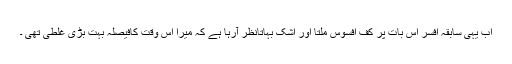
اب یہی سابقہ افسر اس بات پر کف افسوس ملتا اور اشک بہاتانظر آرہا ہے کہ میرا اس وقت کافیصلہ بہت بڑی غلطی تھی ۔